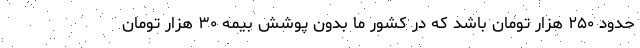
حدود ۲۵۰ هزار تومان باشد که در کشور ما بدون پوشش بیمه ۳۰ هزار تومان